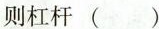
则杠杆 ( ）